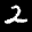
Label: 2